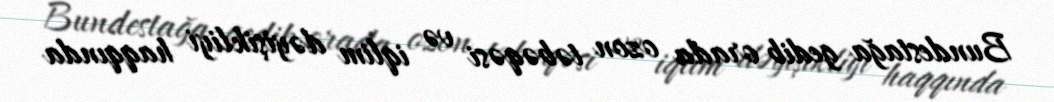
Bundestağa gedib orada ozon təbəqəsi və iqlim dəyişikliyi haqqında